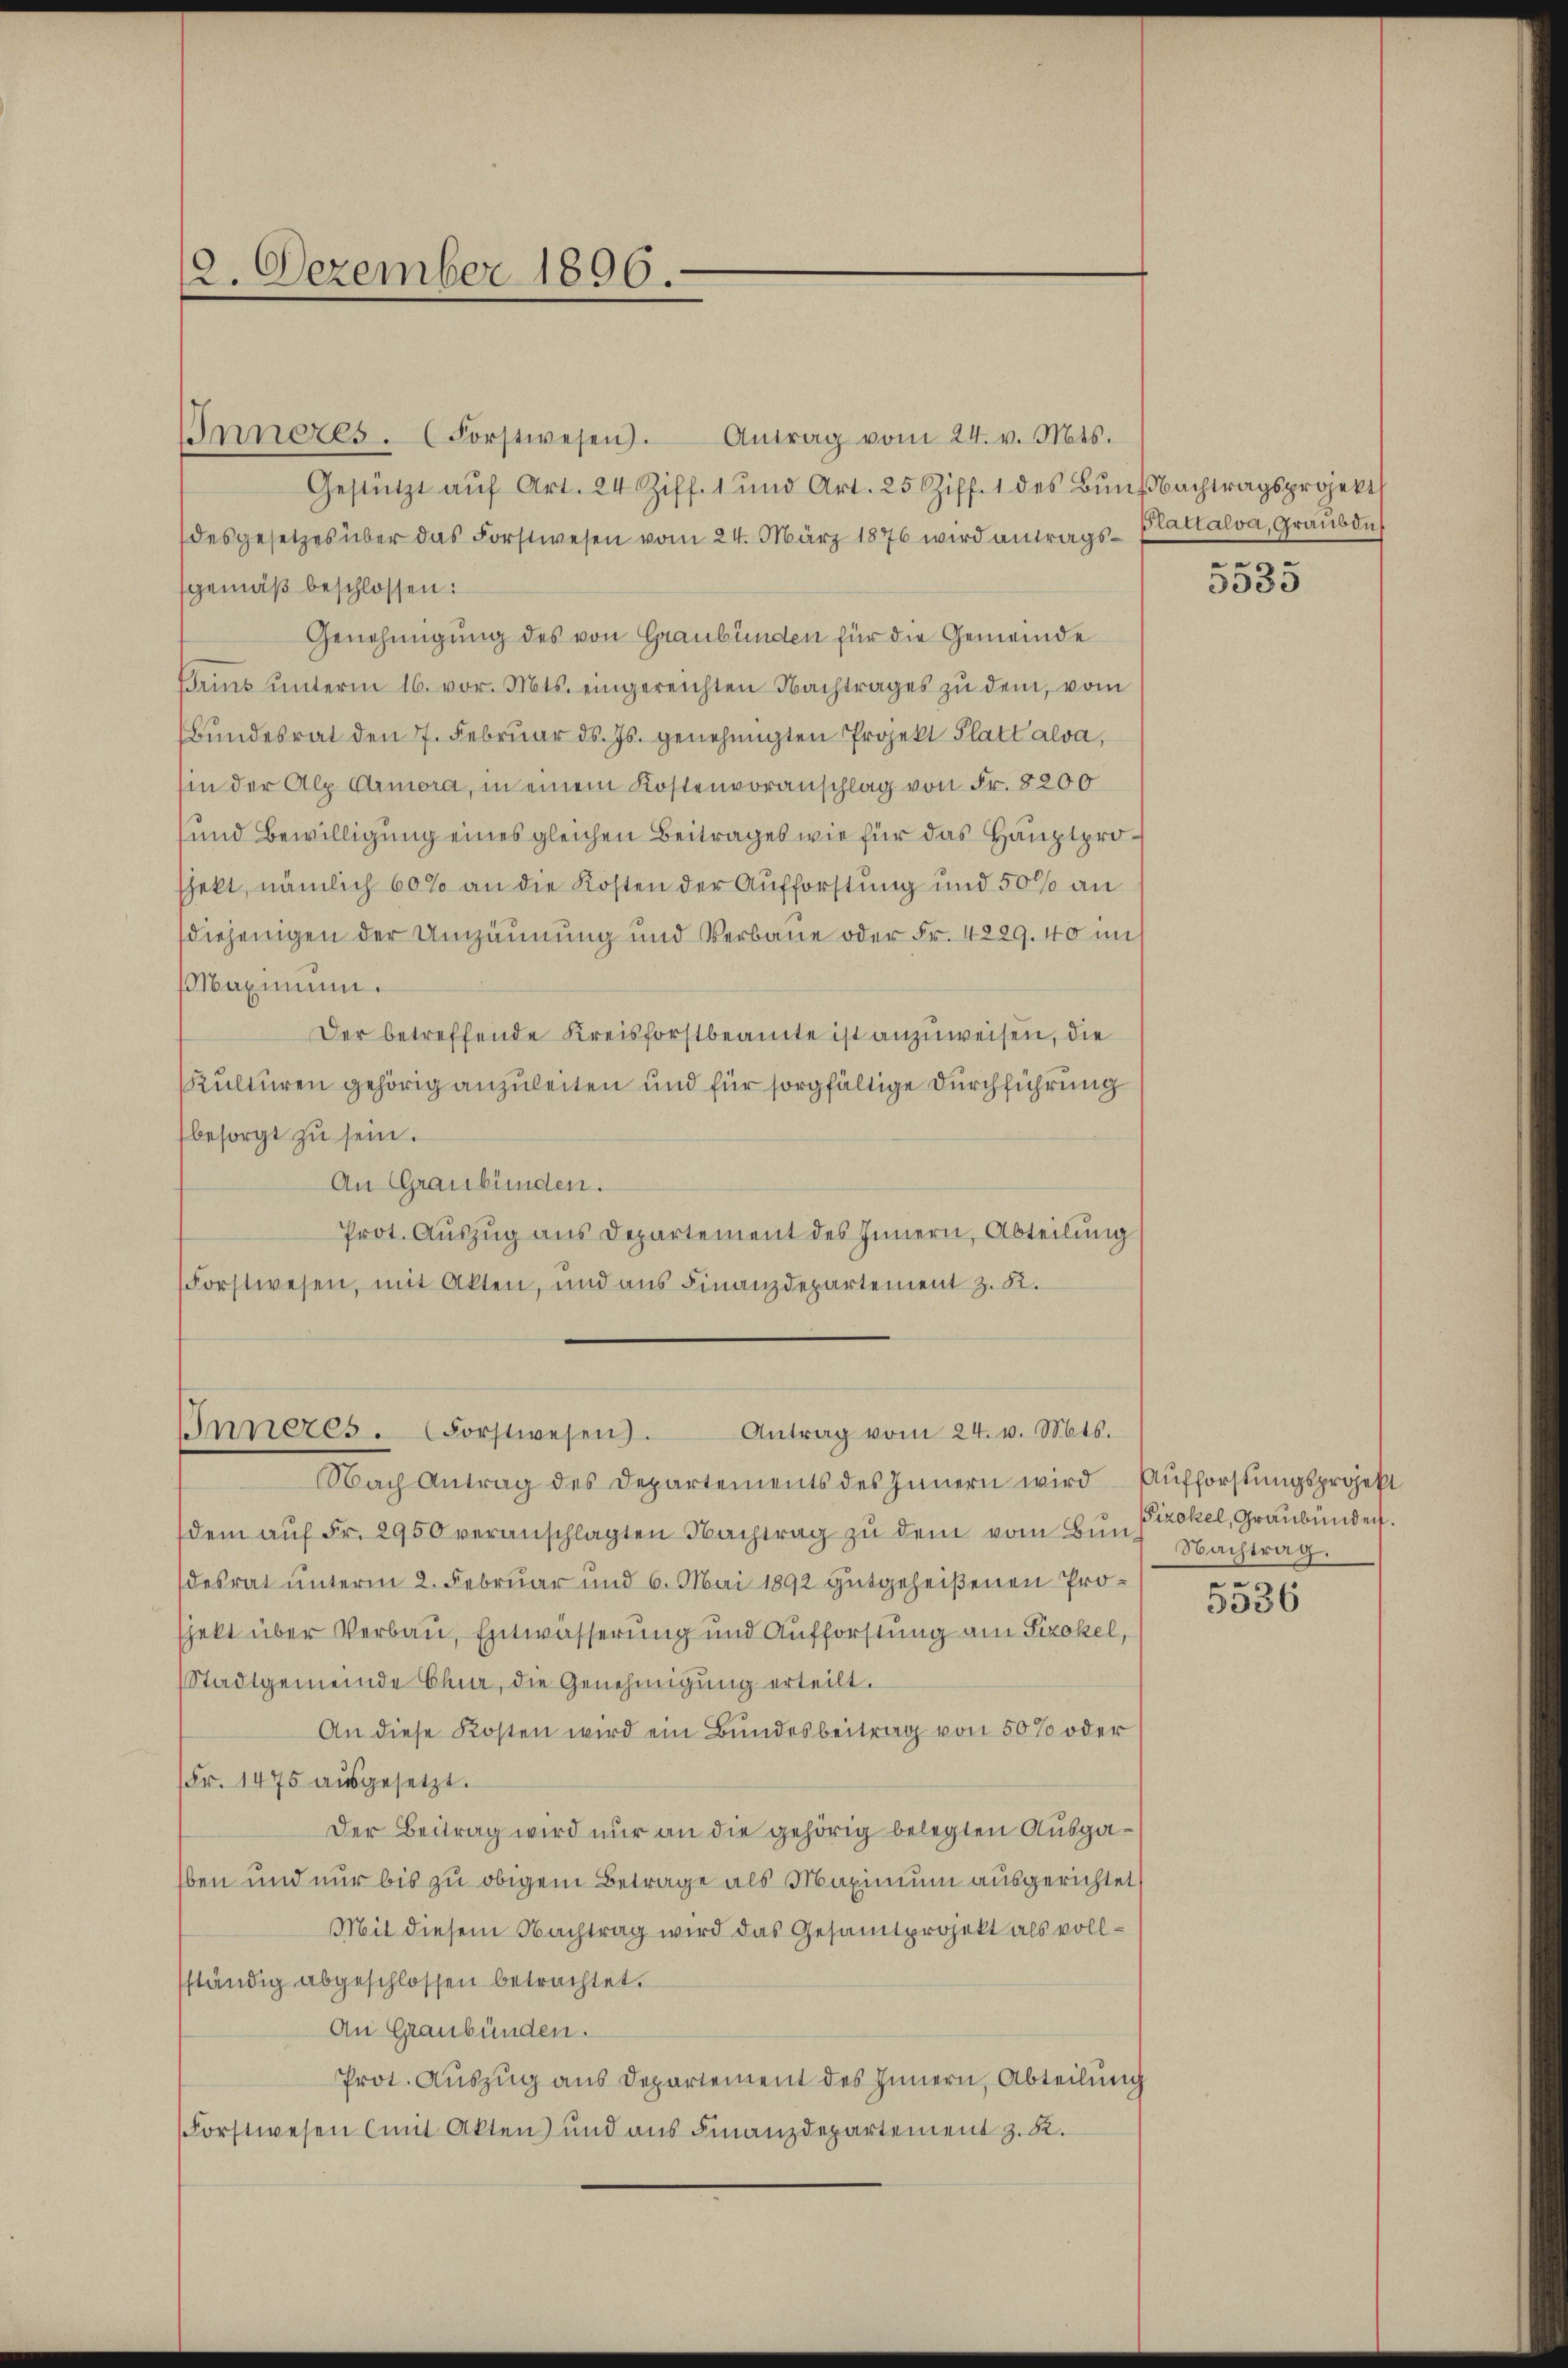
12. Dezember 1896.

IInneres. (Forstwesen).
Gestützt aŭf Art. 24 Ziff. 1 und Art. 25 Ziff. 1 des Bŭnd Nachtragsprojekt
desgesetzes über das Forstwesen vom 24. März 1876 wird antrags- Plattalva, Graŭbdich
gemäß beschlossen:
Genehmigung des von Graubünden für die Gemeinde
Brins unterm 16. vor. Mts. eingereichten Nachtrages zu dem, vom
Bŭndesrat den 7. Febrŭar d. Js. genehmigten Projekt Plattalva,
hin der Alp Amora, in einem Kostenvoranschlag von Fr. 8200
und Bewilligung eines gleichen Beitrages wie für das Hauptprosjekt, nämlich 60% an die Kosten der Aufforstung und 50% an
diejenigen der Umzäunung und Verbaue oder Fr. 4229. 40 im
Maximum.
Der betreffende Kreisforstbeamte ist anzuweisen, die
Kulturen gehörig anzuleiten und für sorgfältige Durchführung
besorgt zŭ sein.
An Graubünden.
Prot. Auszug aus Departement des Innern, Abteilung
Forstwesen, mit Akten, und aus Finanzdepartement z. B.

Antrag vom 24. v. Mts.

Nach Antrag des Departements des Innern wird Aufforstungsprojekt
dem aŭf Fr. 2950 veranschlagten Nachtrag zu dem vom Bundesrat unterm 2. Februar und 6. Mai 1892 gutgeheißenen Prosjekt über Verbau, Entwässerung und Aufforstung am Sizokel,
Stadtgemeinde Chur, die Genehmigung erteilt.
An diese Kosten wird ein Bundesbeitrag von 50% oder
Fr. 1475 aŭsgesetzt.
Der Beitrag wird nur an die gehörig belegten Ausgaben und nur bis zu obigem Betrage als Maximum ausgerichtet
Mit diesem Nachtrag wird das Gesamtprojekt als vollsständig abgeschlossen betrachtet.
An Graubünden.
Prot. Auszug aus Departement des Innern, Abteilung
Forstwesen (mit Akten und aus Finanzdepartement z. B.

Antrag vom 24. v. Mts.
Inneres. (Forstwesen.

e

3335

Fizokel, Graubünden.
Nachtrag.
n

5336